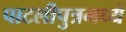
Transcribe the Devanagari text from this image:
पाटलीपुत्रमध्ये